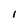
Character: 1